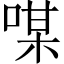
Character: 㖼